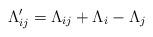
LaTeX: \begin{align*}\Lambda _{ij}^{\prime }=\Lambda _{ij}+\Lambda _{i}-\Lambda _{j}\end{align*}